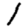
Digit: 1